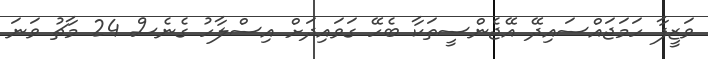
ވަޒީފާ ހަމަޖައްސައިދޭ އޭޖެންސީތަކާ ބެހޭ ގަވައިދަށް އިސްލާހު ގެނެސް 24 މާޗު ވަނަ